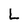
Character: L